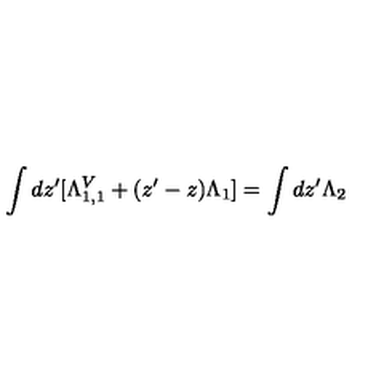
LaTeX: \int d z ^ { \prime } [ \Lambda _ { 1 , 1 } ^ { V } + ( z ^ { \prime } - z ) \Lambda _ { 1 } ] = \int d z ^ { \prime } \Lambda _ { 2 }